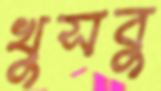
খুসবু